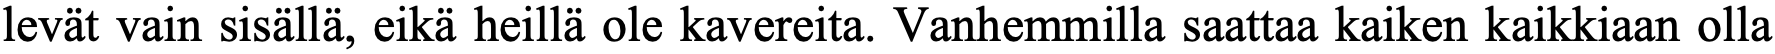
levät vain sisällä, eikä heillä ole kavereita. Vanhemmilla saattaa kaiken kaikkiaan olla